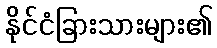
နိုင်ငံခြားသားများ၏